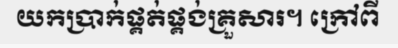
យកប្រាក់ផ្គត់ផ្គង់គ្រួសារ។ ក្រៅពី